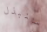
سنبذل